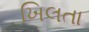
ખિલતા